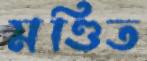
মণ্ডিত